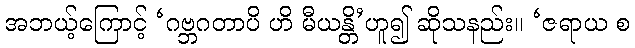
အဘယ့်ကြောင့် ‘ဂဗ္ဘဂတာပိ ဟိ မီယန္တိ’ဟူ၍ ဆိုသနည်း။ ‘ဇရာယ စ